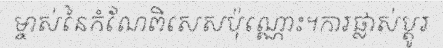
ម្ចាស់នៃកំណែពិសេសប៉ុណ្ណោះ។ការផ្លាស់ប្តូរ